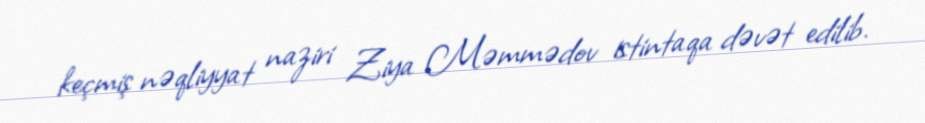
keçmiş nəqliyyat naziri Ziya Məmmədov istintaqa dəvət edilib.